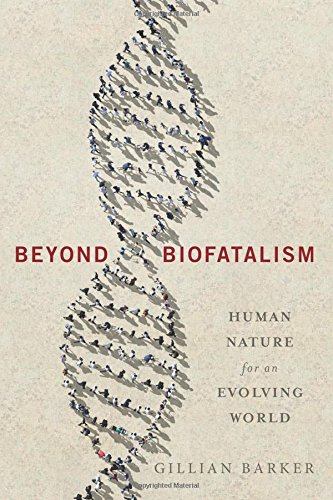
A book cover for Beyond Biofatalism: Human Nature for an Evolving World; Gillian Barker; Science & Math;